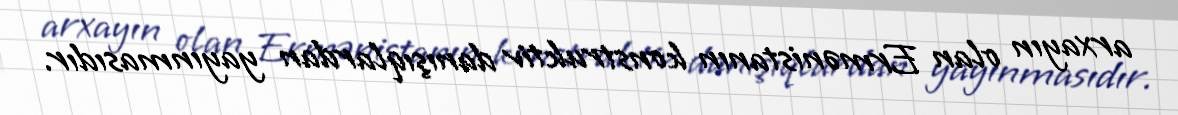
arxayın olan Ermənistanın konstruktiv danışıqlardan yayınmasıdır.